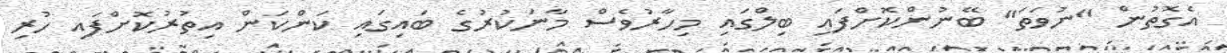
އެގޮތުން "ނުވަތަ" ބޭނުންކޮށްފައި ބިލްގައި މިހާރުވެސް މާނަކުރުގެ ބައިގައި ކަންކަން އިތުރުކޮށްފައި ހުރި